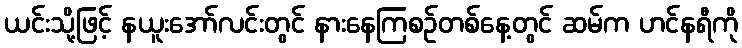
ယင်းသို့ဖြင့် နယူးအော်လင်းတွင် နားနေကြစဉ်တစ်နေ့တွင် ဆမ်က ဟင်နရီကို